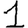
Digit: 1